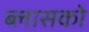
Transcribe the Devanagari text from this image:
ब्लासको